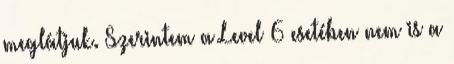
meglátjuk. Szerintem a Level 6 esetében nem is a